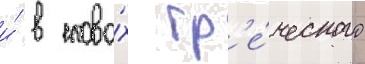
и́ в слова́х гр'е́ческого